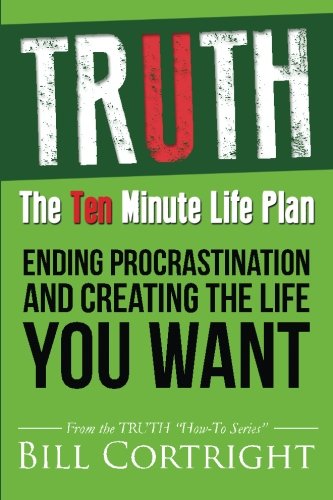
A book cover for Truth: The 10 Minute Life Plan: Ending Procrastination and Creating the Life You Want; Bill Cortright; Health, Fitness & Dieting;